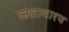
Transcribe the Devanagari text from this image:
जलावारण